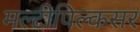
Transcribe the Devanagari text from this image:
मल्टीपिल्कसर